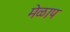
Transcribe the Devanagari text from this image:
मेळाप